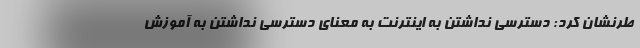
طرنشان کرد: دسترسی نداشتن به اینترنت به معنای دسترسی نداشتن به آموزش